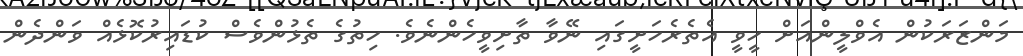
މަންޒަރަކުން އެވްލީންއަށް ހީވީ އެތެރެހަށީގައި ނޭވާ ތާށިވީހެންނެވެ. ހިތުގެ ތެޅުންވެސް ކުޑައިރުކޮޅެއް ވަންދެން